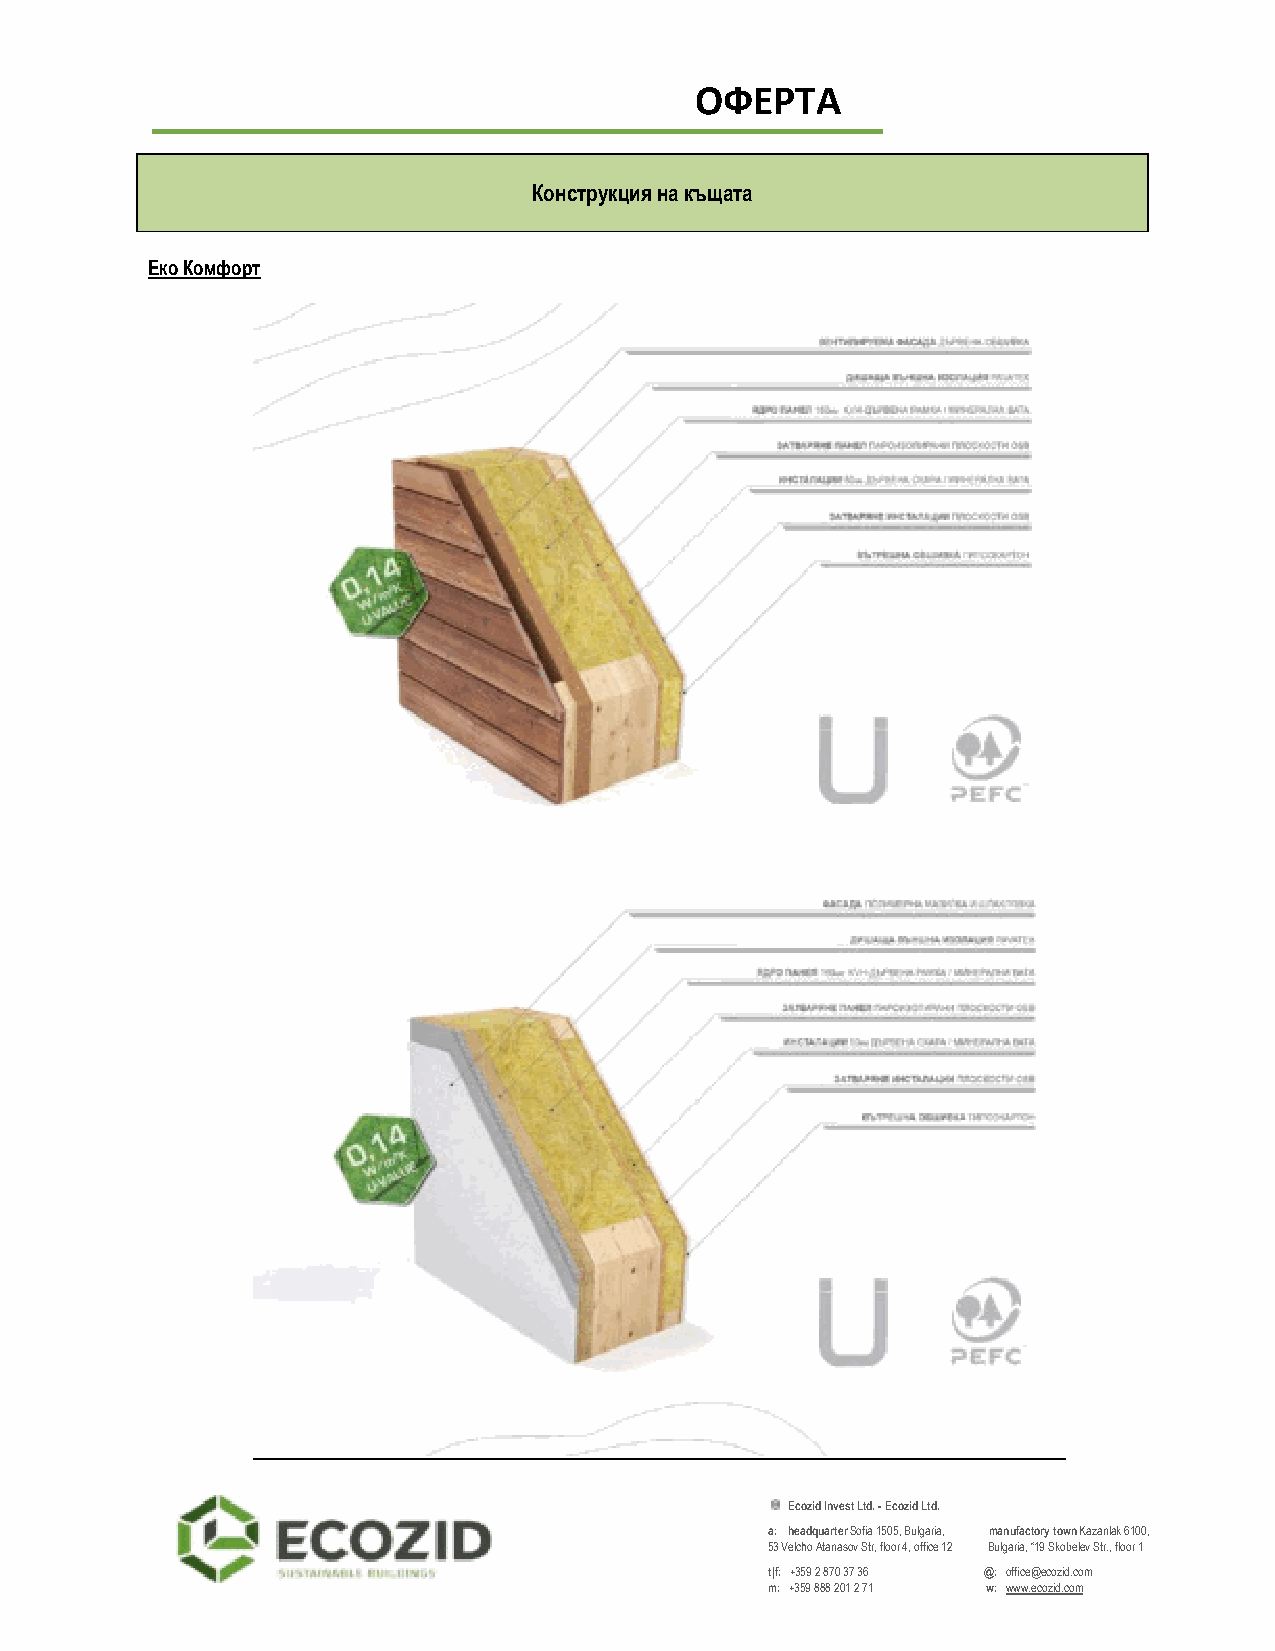
ОФЕРТА
 Конструкция на къщата
 Еко Комфорт
 Ecozid Invest Ltd. - Ecozid Ltd.
 a: headquarter Sofia 1505, Bulgaria, manufactory town Kazanlak 6100,
 53 Velcho Atanasov Str, floor 4, office 12 Bulgaria, “19 Skobelev Str., floor 1
 t|f: +359 2 870 37 36 @: office@ecozid.com
 m: +359 888 201 2 71 w: www.ecozid.com